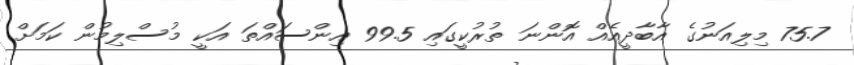
75.7 މިލިއަނުގެ އާބާދީއެއް އޮންނަ ތުރުކީގައި 99.5 އިންސައްތަ އަކީ މުސްލިމުން ކަމަށް